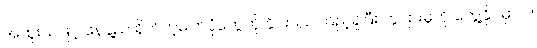
အထူးသဖြင့် နေနဲ့ည ရိုက်တဲ့ဓါတ်ပုံတွေကို နိုင်းယှဉ်ကြည့်ရှုပြီး ကွဲပြားမှုကို တွေ့နိုင်မှာပါ။